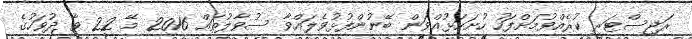
ރަޖިސްޓަރީ ކުރެއްވުމަށްފަހު ހުށަހަޅުއްވަން ބޭނުންފުޅުވެލައްވާ ސުވާލުތައް 2016 މޭ 22 ވާ ދުވަހުގެ